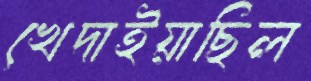
খেদাইয়াছিল